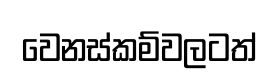
වෙනස්කම්වලටත්